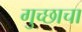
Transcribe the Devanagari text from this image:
गुच्छाचा